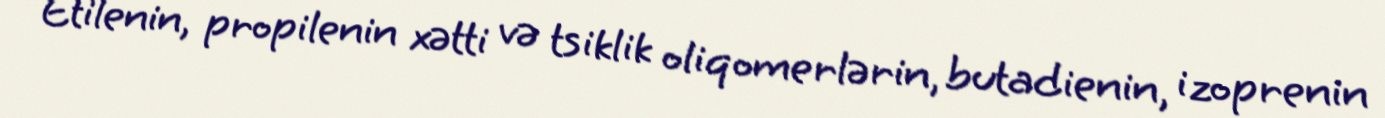
Etilenin, propilenin xətti və tsiklik oliqomerlərin, butadienin, izoprenin